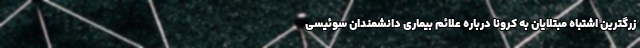
زرگترین اشتباه مبتلایان به کرونا درباره علائم بیماری دانشمندان سوئیسی